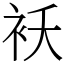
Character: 袄